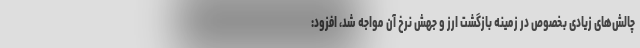
چالش‌های زیادی بخصوص در زمینه بازگشت ارز و جهش نرخ آن مواجه شد، افزود: